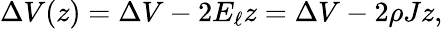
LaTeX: \Delta V(z)=\Delta V-2E_{\ell}z=\Delta V-2\rho Jz,